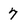
Character: 7